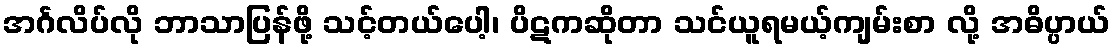
အင်္ဂလိပ်လို ဘာသာပြန်ဖို့ သင့်တယ်ပေါ့၊ ပိဋကဆိုတာ သင်ယူရမယ့်ကျမ်းစာ လို့ အဓိပ္ပာယ်